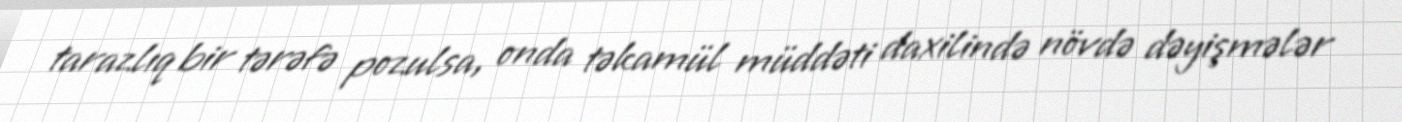
tarazlıq bir tərəfə pozulsa, onda təkamül müddəti daxilində növdə dəyişmələr